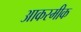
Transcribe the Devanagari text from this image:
आकस्मीक